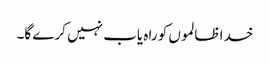
خدا ظالموں کو راہ یاب نہیں کرے گا۔